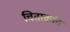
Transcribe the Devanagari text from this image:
चिताक्रांत